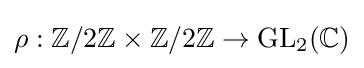
\rho :\mathbb {Z} /2\mathbb {Z} \times \mathbb {Z} /2\mathbb {Z} \to {\text{GL}}_{2}(\mathbb {C} )